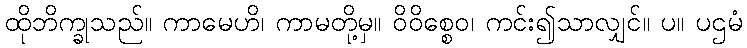
ထိုဘိက္ခုသည်။ ကာမေဟိ၊ ကာမတို့မှ။ ဝိဝိစ္စေဝ၊ ကင်း၍သာလျှင်။ ပ။ ပဌမံ